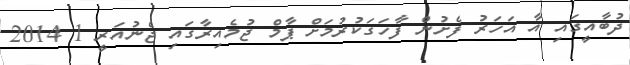
ދުބާއީގައި އާ އަހަރު ފެށުން ފާހަގަކުރުމަށް ޕާމް ޖުމެއިރާގައި ޖެނުއަރީ 1 2014